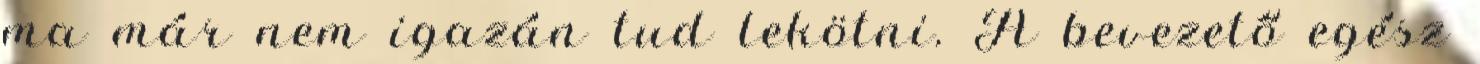
ma már nem igazán tud lekötni. A bevezető egész